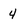
Character: 4